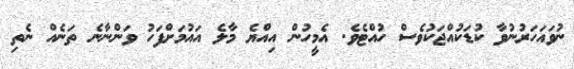
ނުވައަހަރުނުވާ ކުޑަކުއްޖަކުވެސް ހުއްޓެވެ. އެމީހުން އިއްޔެ މާލެ އައުމަށްފަހު ވަންނާނެ ތަނެއް ނެތި